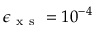
\epsilon _ { \mathrm { ~ x ~ s ~ } } = 1 0 ^ { - 4 }